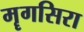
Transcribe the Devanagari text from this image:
मॄगसिरा